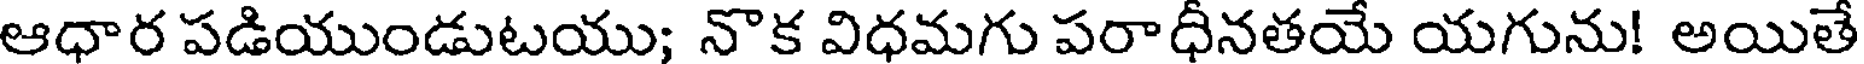
ఆధార పడియుండుటయు; నొక విధమగు పరాధీనతయే యగును! అయితే